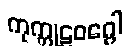
ကုက္ကုဠဝဂ္ဂေါ